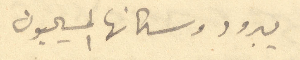
يبرود وسكانها المسيحيون